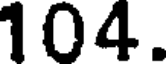
104.